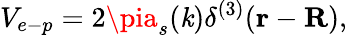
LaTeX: V_{e-p}=2\pia_{s}(\mathit{k})\delta^{(3)}(\mathbf{{r}}-\mathbf{{R}}),